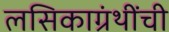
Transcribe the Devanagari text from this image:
लसिकाग्रंथींची